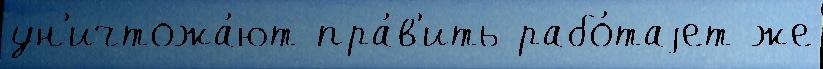
ун'ичтожа́ют пра́в'ить рабо́таjет же